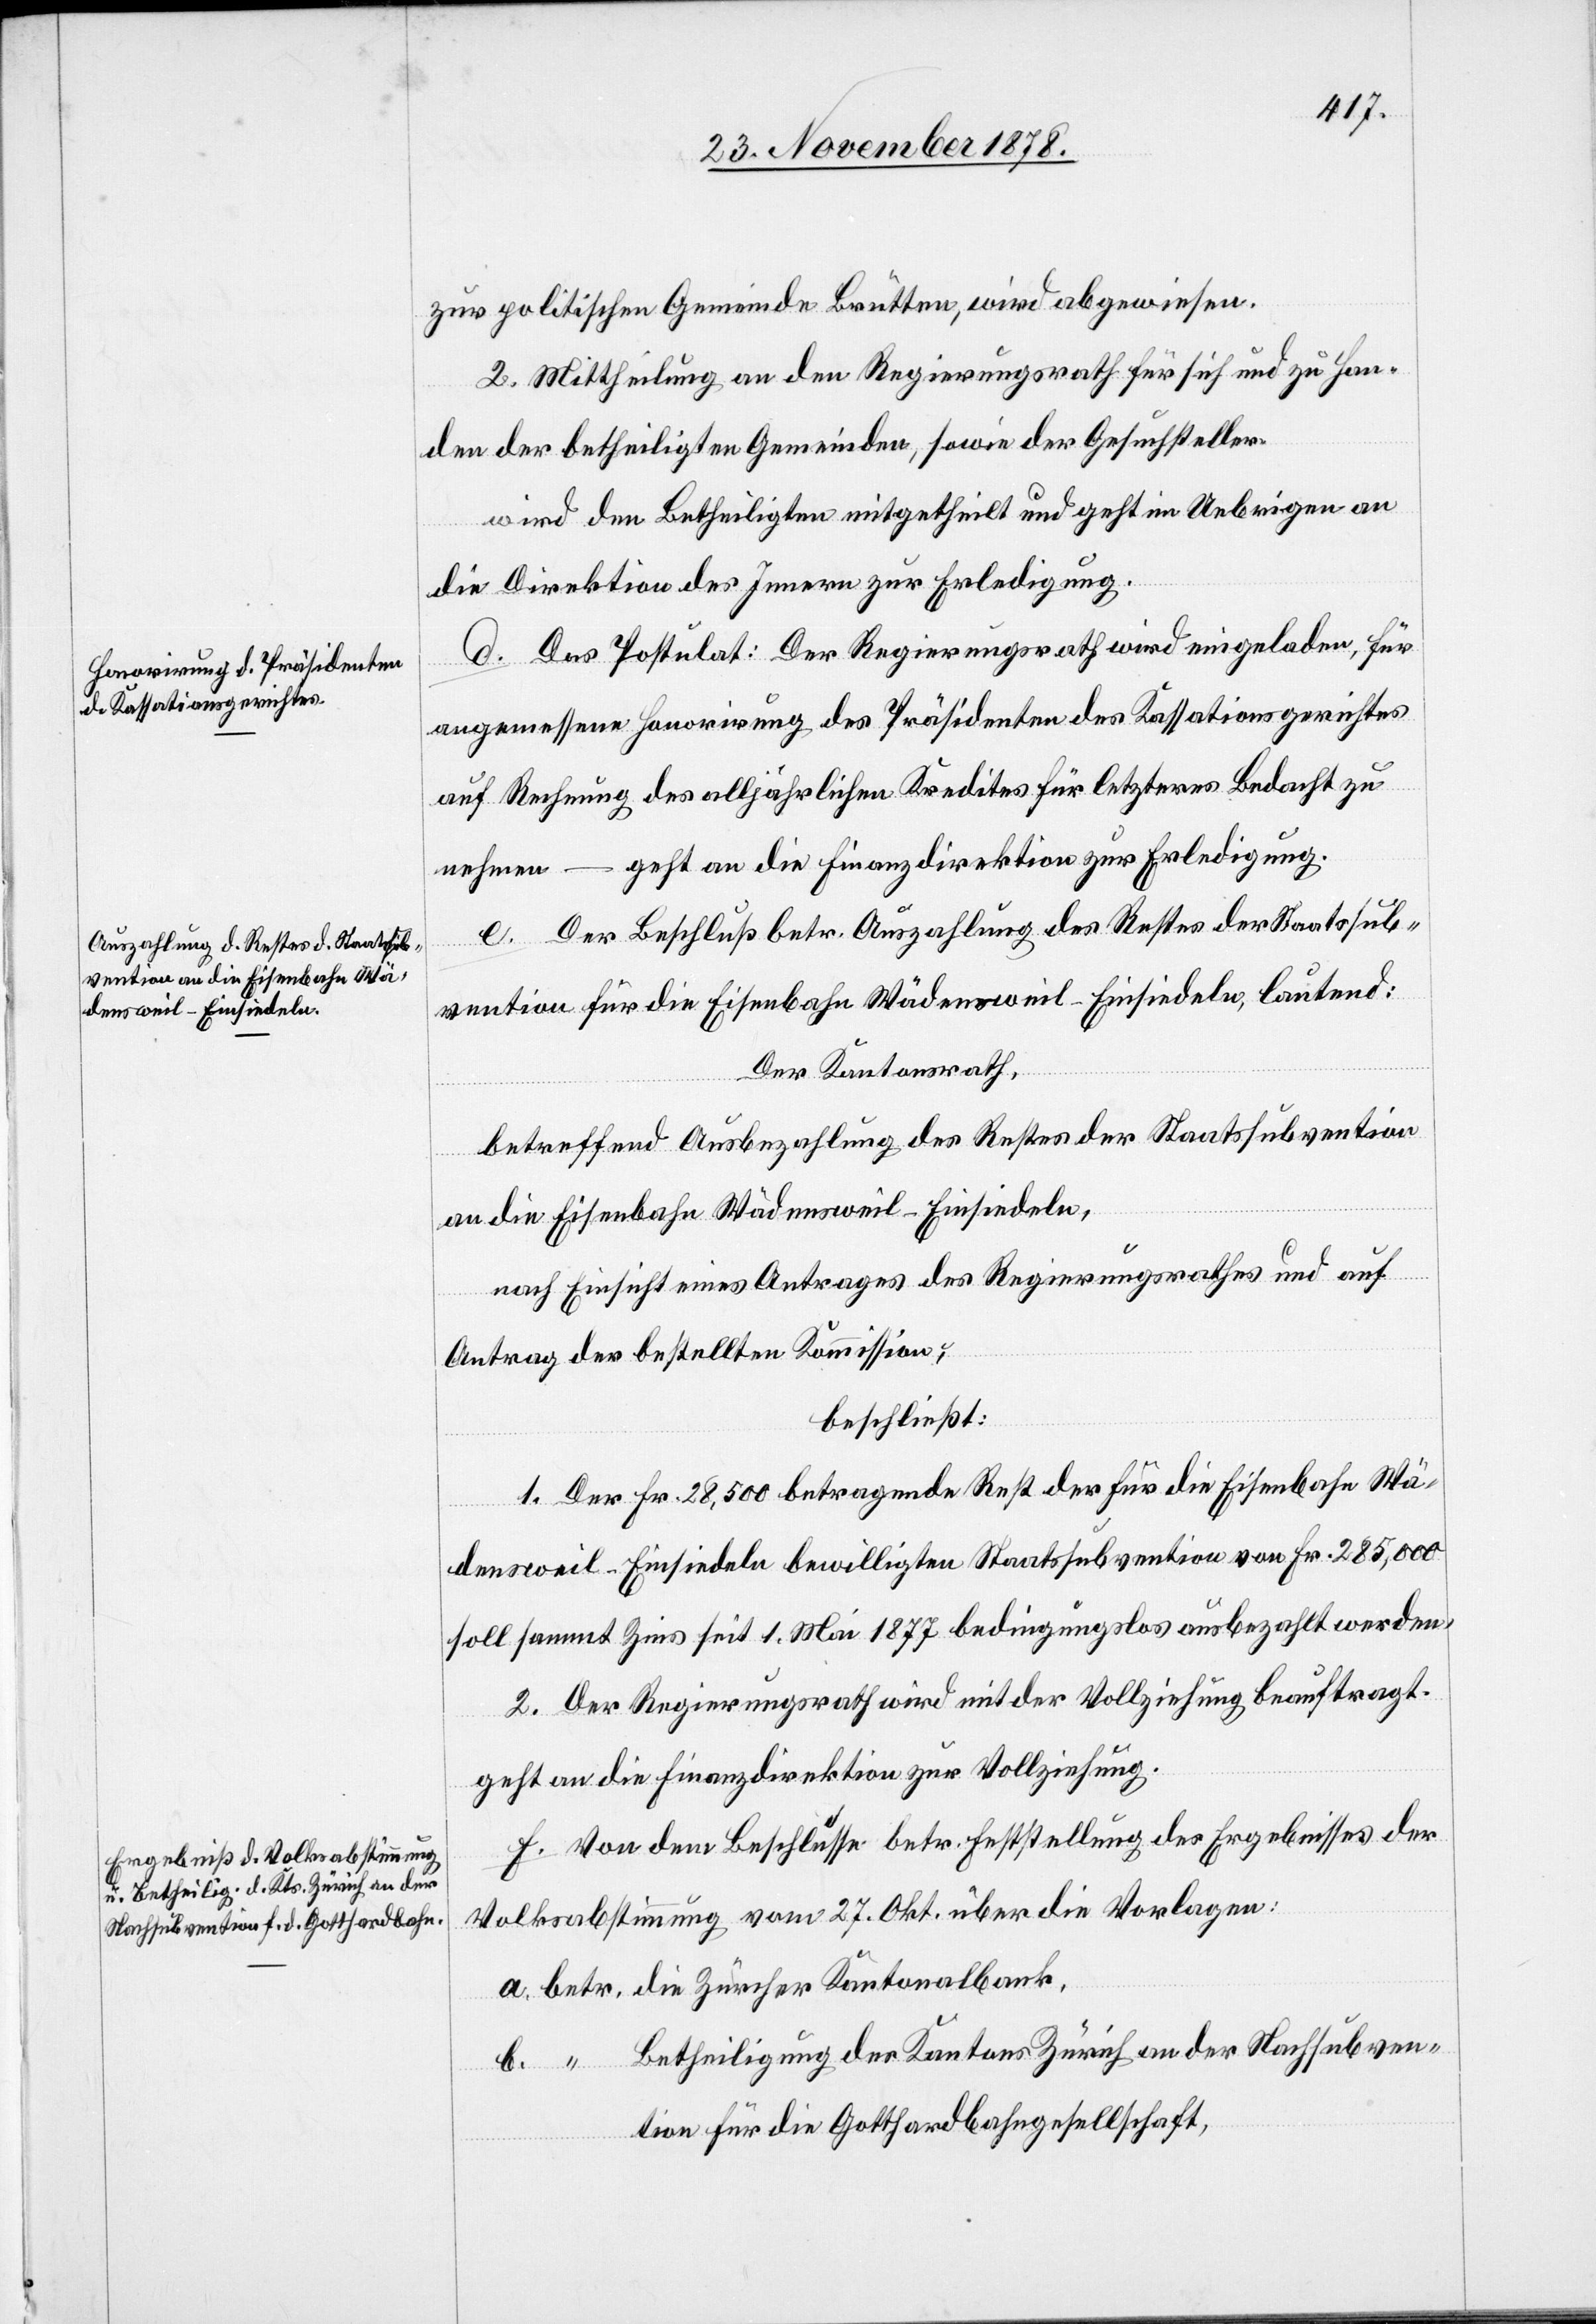
zur politischen Gemeinde Brütten, wird abgewiesen.
2. Mittheilung an den Regierungsrath für sich und zu Han¬
den der betheiligten Gemeinden, sowie der Gesuchsteller.
wird den Betheiligten mitgetheilt und geht im Uebrigen an
die Direktion des Innern zur Erledigung.
d. Das Postulat: Der Regierungsrath wird eingeladen, für
angemessene Honorirung des Präsidenten des Kassationsgerichtes
auf Rechnung des alljährlichen Kredites für letzteres Bedacht zu
nehmen – geht an die Finanzdirektion zur Erledigung.
e. Der Beschluß betr. Auszahlung des Restes der Staatssub¬
vention für die Eisenbahn Wädensweil–Einsiedeln, lautend:
Der Kantonsrath,
betreffend Ausbezahlung des Restes der Staatssubvention
an die Eisenbahn Wädensweil–Einsiedeln,
nach Einsicht eines Antrages des Regierungsrathes und auf
Antrag der bestellten Kommission,
beschließt:
1. Der Fr. 28,500 betragende Rest der für die Eisenbahn Wä¬
densweil–Einsiedeln bewilligten Staatssubvention von Fr. 285,000
soll sammt Zins seit 1. Mai 1877 bedingungslos ausbezahlt werden.
2. Der Regierungsrath wird mit der Vollziehung beauftragt.
geht an die Finanzdirektion zur Vollziehung.
f. Von dem Beschlusse betr. Feststellung des Ergebnisses der
Volksabstimmung vom 27. Okt. über die Vorlagen:
a. betr. die Zürcher Kantonalbank.
b. “ Betheiligung des Kantons Zürich an der Nachsubven¬
tion für die Gotthardbahngesellschaft,